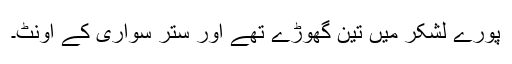
پورے لشکر میں تین گھوڑے تھے اور ستر سواری کے اونٹ۔